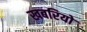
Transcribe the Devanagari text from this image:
खबरियो